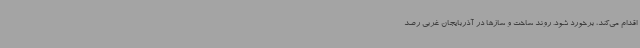
اقدام می‌کند، برخورد شود. روند ساخت و سازها در آذربایجان غربی رصد